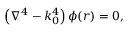
\left( \nabla ^ { 4 } - k _ { 0 } ^ { 4 } \right) \phi ( \boldsymbol { r } ) = 0 ,